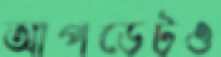
আপডেটও